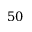
5 0